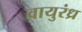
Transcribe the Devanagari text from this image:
वायुरंध्र